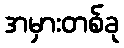
အမှားတစ်ခု